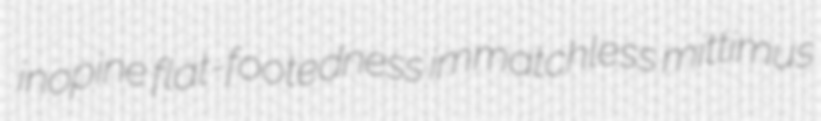
inopine flat-footedness immatchless mittimus